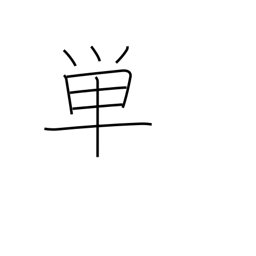
Meaning: merely